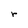
Character: r